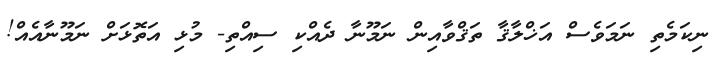
ނިކަމެތި ނަމަވެސް އަޚްލާޤާ ތަޤްވާއިން ނަމޫނާ ދެއްކި ސިއްތި- މުޅި އަތޮޅަށް ނަމޫނާއެއް!